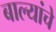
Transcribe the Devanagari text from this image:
बाल्यांचे